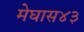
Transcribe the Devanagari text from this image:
मेघास४३